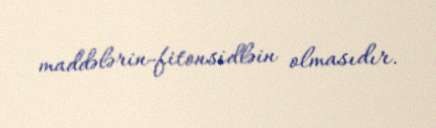
maddələrin-fitonsidləin olmasıdır.